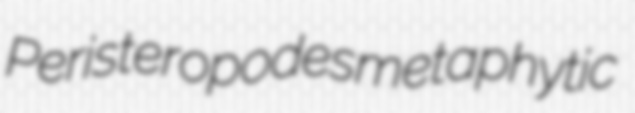
Peristeropodes metaphytic